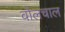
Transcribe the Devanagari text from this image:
वोलचाल